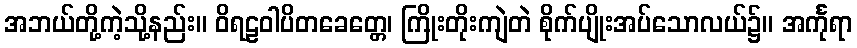
အဘယ်တို့ကဲ့သို့နည်း။ ဝိရဠဝါပိတခေတ္တေ၊ ကြိုးတိုးကျဲတဲ စိုက်ပျိုးအပ်သောလယ်၌။ အင်္ကုရာ